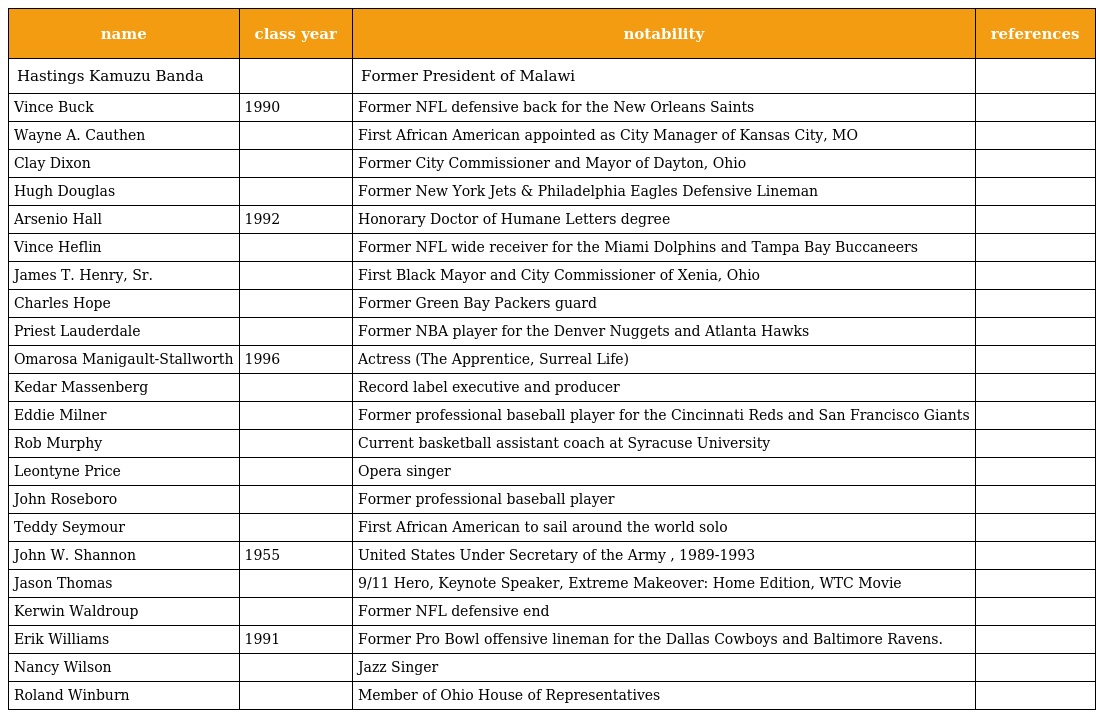
| name | class year | notability | references |
 | --- | --- | --- | --- |
 | Hastings Kamuzu Banda |  | Former President of Malawi |  |
 | Vince Buck | 1990 | Former NFL defensive back for the New Orleans Saints |  |
 | Wayne A. Cauthen |  | First African American appointed as City Manager of Kansas City, MO |  |
 | Clay Dixon |  | Former City Commissioner and Mayor of Dayton, Ohio |  |
 | Hugh Douglas |  | Former New York Jets & Philadelphia Eagles Defensive Lineman |  |
 | Arsenio Hall | 1992 | Honorary Doctor of Humane Letters degree |  |
 | Vince Heflin |  | Former NFL wide receiver for the Miami Dolphins and Tampa Bay Buccaneers |  |
 | James T. Henry, Sr. |  | First Black Mayor and City Commissioner of Xenia, Ohio |  |
 | Charles Hope |  | Former Green Bay Packers guard |  |
 | Priest Lauderdale |  | Former NBA player for the Denver Nuggets and Atlanta Hawks |  |
 | Omarosa Manigault-Stallworth | 1996 | Actress (The Apprentice, Surreal Life) |  |
 | Kedar Massenberg |  | Record label executive and producer |  |
 | Eddie Milner |  | Former professional baseball player for the Cincinnati Reds and San Francisco Giants |  |
 | Rob Murphy |  | Current basketball assistant coach at Syracuse University |  |
 | Leontyne Price |  | Opera singer |  |
 | John Roseboro |  | Former professional baseball player |  |
 | Teddy Seymour |  | First African American to sail around the world solo |  |
 | John W. Shannon | 1955 | United States Under Secretary of the Army , 1989-1993 |  |
 | Jason Thomas |  | 9/11 Hero, Keynote Speaker, Extreme Makeover: Home Edition, WTC Movie |  |
 | Kerwin Waldroup |  | Former NFL defensive end |  |
 | Erik Williams | 1991 | Former Pro Bowl offensive lineman for the Dallas Cowboys and Baltimore Ravens. |  |
 | Nancy Wilson |  | Jazz Singer |  |
 | Roland Winburn |  | Member of Ohio House of Representatives |  |